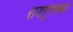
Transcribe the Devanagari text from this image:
रायपूरमध्ये